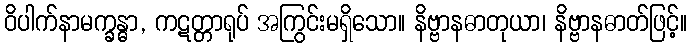
ဝိပါက်နာမက္ခန္ဓာ, ကဋတ္တာရုပ် အကြွင်းမရှိသော။ နိဗ္ဗာနဓာတုယာ၊ နိဗ္ဗာနဓာတ်ဖြင့်။